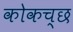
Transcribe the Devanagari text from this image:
कोकच्छ